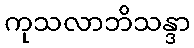
ကုသလာဘိသန္ဒာ